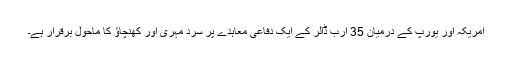
امریکہ اور یورپ کے درمیان 35 ارب ڈالر کے ایک دفاعی معاہدے پر سرد مہری اور کھنچاؤ کا ماحول برقرار ہے۔